Civil Veterinary Department. Madras. Admin. report 1926-33 - 1926-1933
Year: 1926
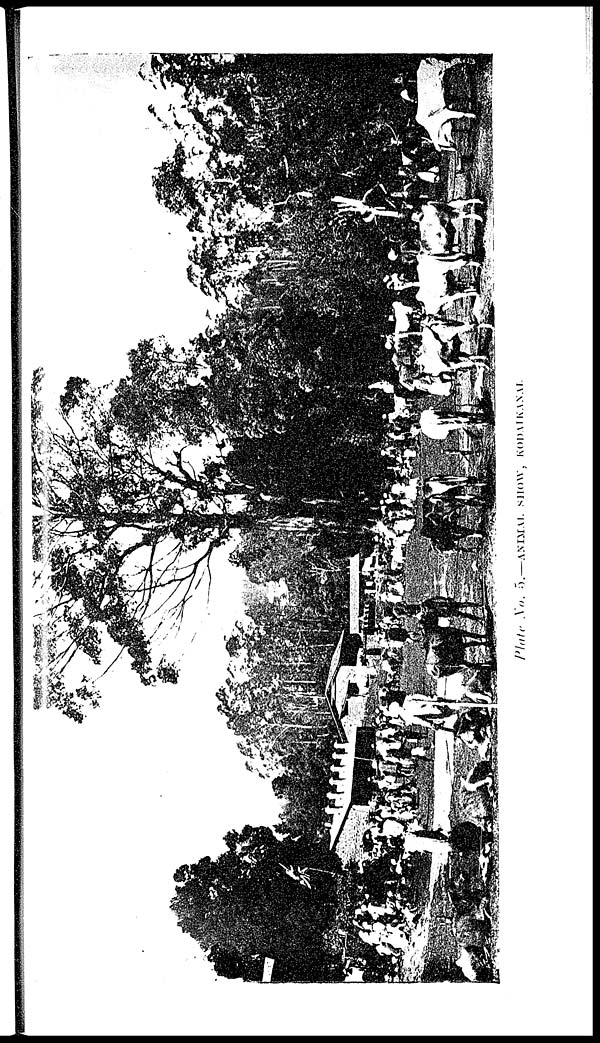
Plate No. 5.—ANIMAL SHOW, KODAIKANAI.